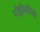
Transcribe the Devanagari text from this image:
मोहोजदेवढे